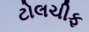
ટોલચીફ